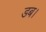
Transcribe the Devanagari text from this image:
डब।